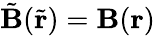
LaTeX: \tilde{\mathbf{B}}(\tilde{\mathbf{r}})=\mathbf{B}(\mathbf{r})